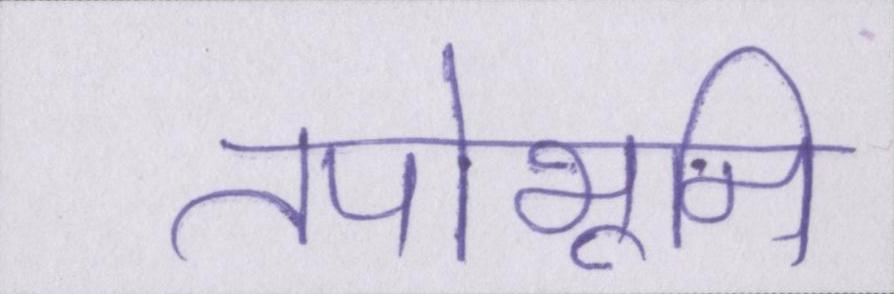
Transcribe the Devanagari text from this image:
तपोभूमि